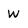
Character: w